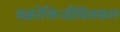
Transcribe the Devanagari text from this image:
वक्रोक्तिजीवितकार